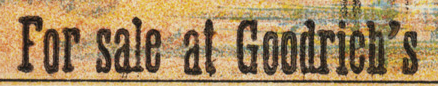
For sale at Goodrieh's